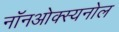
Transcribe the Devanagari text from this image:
नॉनओक्स्यनोल